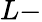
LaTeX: L-